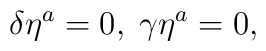
\delta \eta ^{a}=0,\;\gamma \eta ^{a}=0,